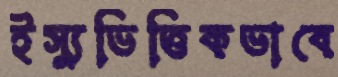
ইস্যুভিত্তিকভাবে